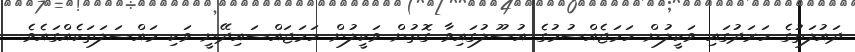
ދައުލަތުގެ ހަރަދުގައި ވަކީލުން ހަމަޖެއްސުމުގެ އުސޫލުގައިވާ ގޮތުން ވަކީލުން ހަމަޖައްސައިދޭނީ ވަކި މައްސަލަތަކެއްގައެވެ.